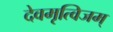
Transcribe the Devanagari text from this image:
देवमृत्विजम्